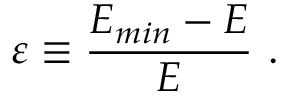
\varepsilon \equiv \frac { E _ { m i n } - E } { E } \ .